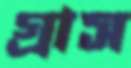
গ্রাস